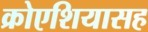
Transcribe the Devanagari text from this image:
क्रोएशियासह